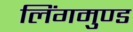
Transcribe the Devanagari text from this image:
लिंगमुण्ड